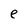
Character: e